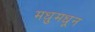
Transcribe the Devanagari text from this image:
मधुमधून